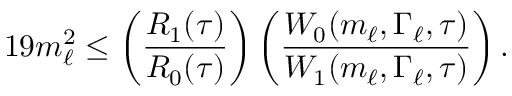
1 9 m _ { \ell } ^ { 2 } \leq \left( \frac { R _ { 1 } ( \tau ) } { R _ { 0 } ( \tau ) } \right) \left( \frac { W _ { 0 } ( m _ { \ell } , \Gamma _ { \ell } , \tau ) } { W _ { 1 } ( m _ { \ell } , \Gamma _ { \ell } , \tau ) } \right) .